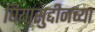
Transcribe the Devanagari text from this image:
घियासुद्दीनच्या